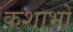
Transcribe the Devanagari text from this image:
कशाभों